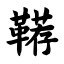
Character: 鞯